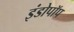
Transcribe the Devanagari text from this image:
इंडोपॉप